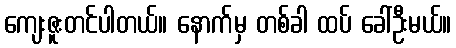
ကျေးဇူးတင်ပါတယ်။ နောက်မှ တစ်ခါ ထပ် ခေါ်ဦးမယ်။